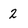
Character: 2